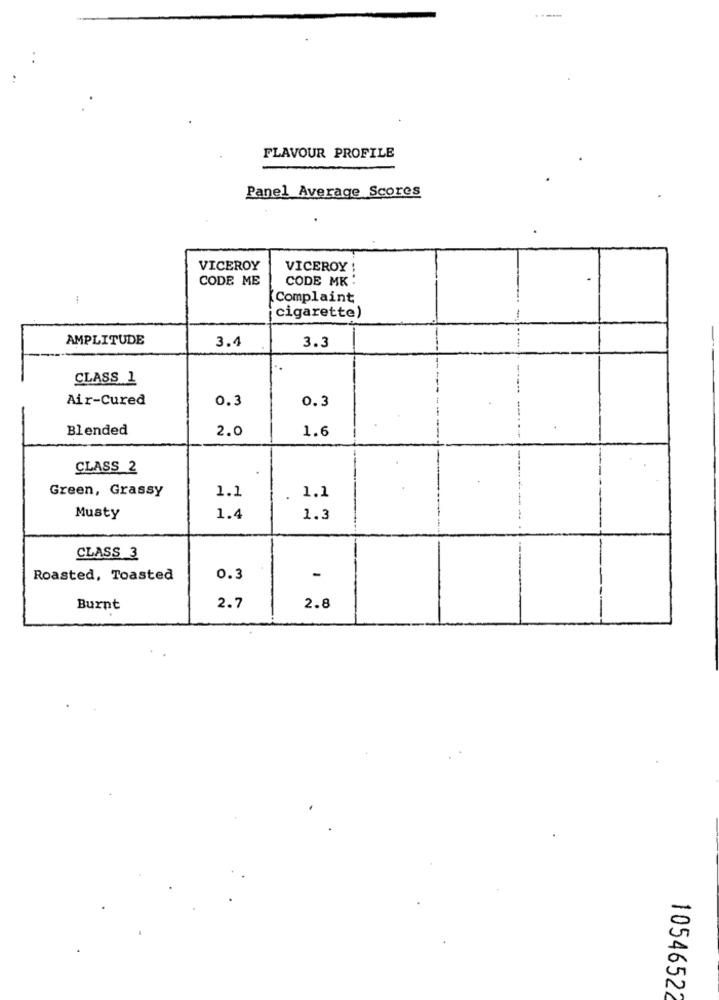
FLAVOUR PROFILE
Panel Average Scores
VICEROY
VICEROY
CODE ME
CODE MK:
[Complaint
cigarette)
AMPLITUDE
3.4
3.3
CLASS 1
Air-Cured
0.3
0.3
Blended
2.0
1.6
CLASS 2
Green, Grassy
1.1
1.1
Musty
1.4
1.3
CLASS 3
Roasted, Toasted
0.3
-
Burnt
2.7
2.8
1054652